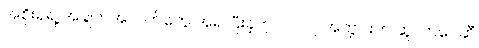
အစိုးရရဲ့ အချက်အလက်တွေ အရ ပြီးခဲ့တဲ့ ၂၀၂၂ အတွင်းက ဆူလာဝေဆီ